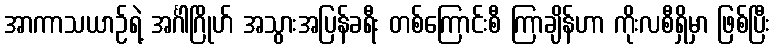
အာကာသယာဉ်ရဲ့ အင်္ဂါဂြိုဟ် အသွားအပြန်ခရီး တစ်ကြောင်းစီ ကြာချိန်ဟာ ကိုးလစီရှိမှာ ဖြစ်ပြီး